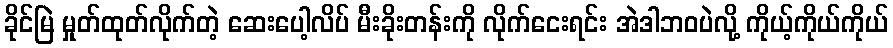
ခိုင်မြဲ မှုတ်ထုတ်လိုက်တဲ့ ဆေးပေါ့လိပ် မီးခိုးတန်းကို လိုက်ငေးရင်း အဲဒါဘဝပဲလို့ ကိုယ့်ကိုယ်ကိုယ်